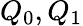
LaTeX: Q_{0},Q_{1}